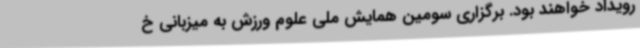
رویداد خواهند بود. برگزاری سومین همایش ملی علوم ورزش به میزبانی خ